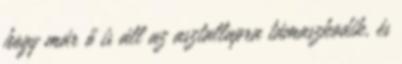
hogy már ő is áll az asztallapra támaszkodik, és